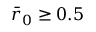
\bar { r } _ { 0 } \geq 0 . 5